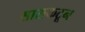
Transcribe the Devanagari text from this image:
सासकटून